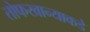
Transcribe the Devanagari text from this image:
तोफखान्याकडे